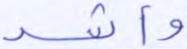
وأشد